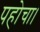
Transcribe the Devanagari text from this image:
पहोचा।